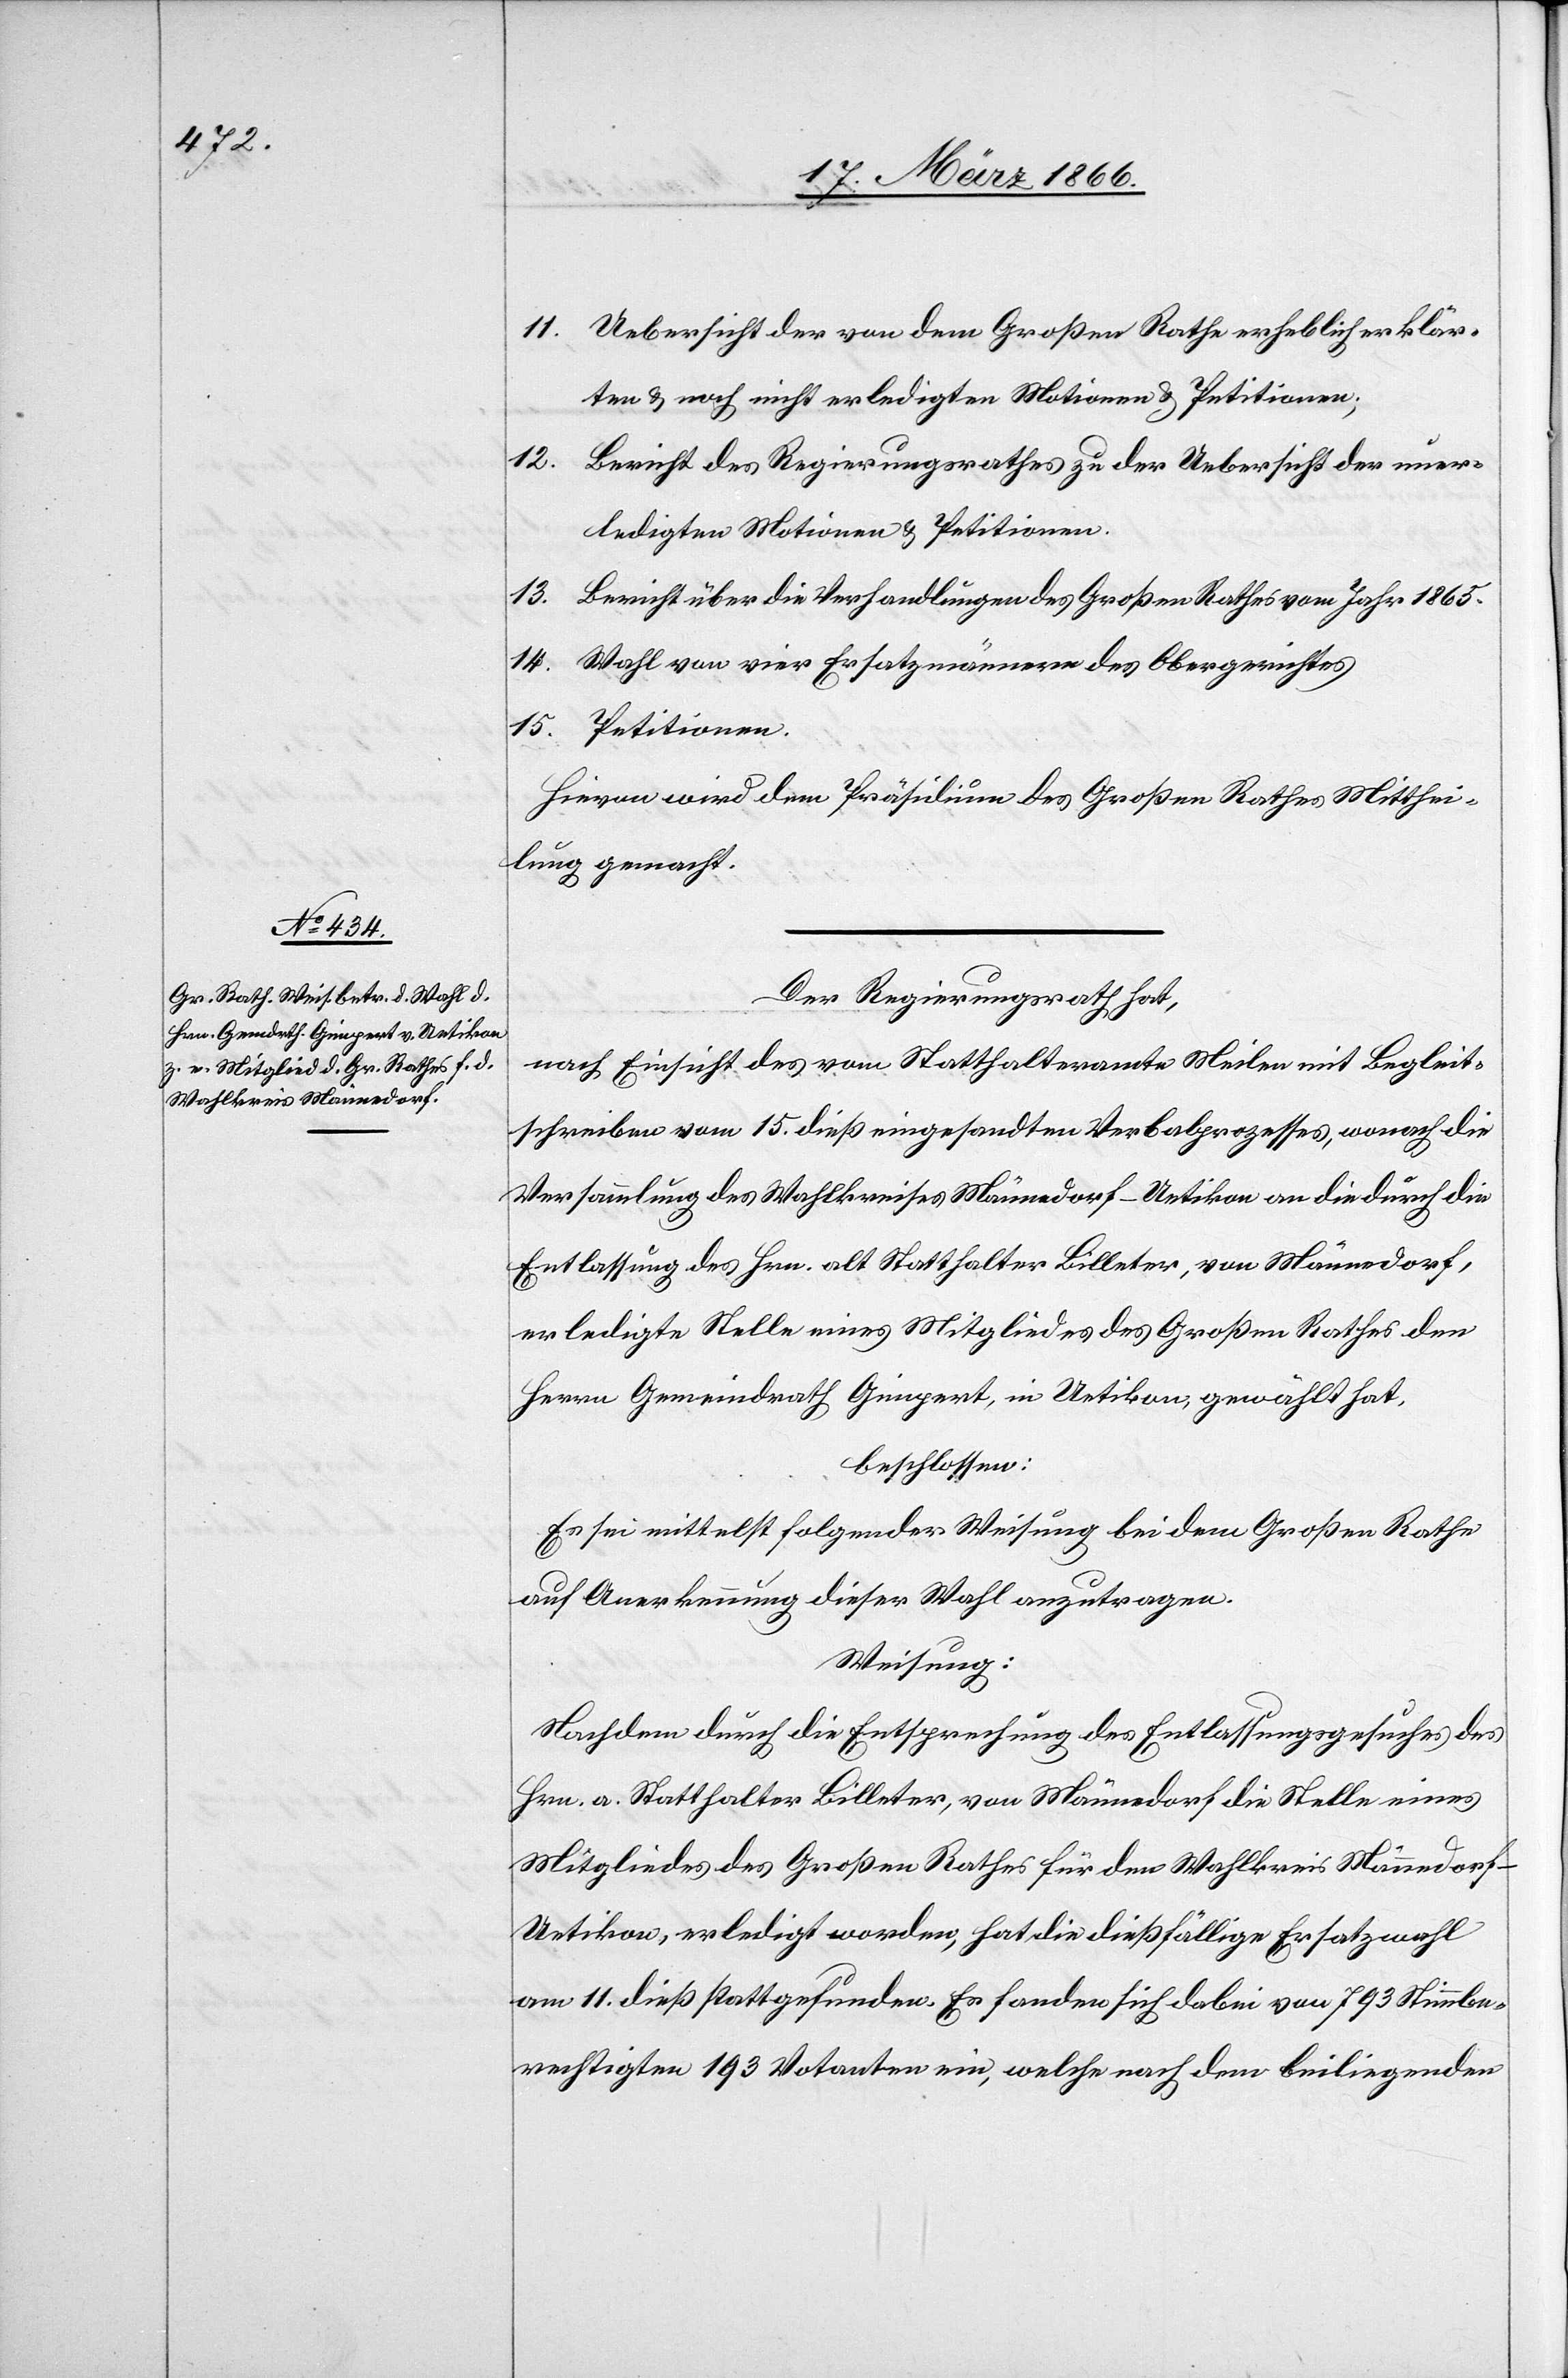
11. Uebersicht der von dem Großen Rathe erheblich erklär¬
ten u. noch nicht erledigten Motionen u. Petitionen.
12. Bericht des Regierungsrathes zu der Uebersicht der uner¬
ledigten Motionen u. Petitionen.
13. Bericht über die Verhandlungen des Großen Rathes vom Jahr 1865.
14. Wahl von vier Ersatzmännern des Obergerichtes.
15. Petitionen.
Hievon wird dem Präsidium des Großen Rathes Mitthei¬
lung gemacht.
Der Regierungsrath hat,
nach Einsicht des vom Statthalteramte Meilen mit Begleit¬
schreiben vom 15. dieß eingesandten Verbalprozesses, wonach die
Versammlung des Wahlkreises Männedorf-Uetikon an die durch die
Entlassung des Hrn. alt Statthalter Billeter, von Männedorf,
erledigte Stelle eines Mitgliedes des Großen Rathes den
Herrn Gemeindrath Gimpert, in Uetikon, gewählt hat,
beschlossen:
Es sei mittelst folgender Weisung bei dem Großen Rathe
auf Anerkennung dieser Wahl anzutragen.
Weisung:
Nachdem durch die Entsprechung des Entlassungsgesuches des
Hrn. a. Statthalter Billeter, von Männedorf die Stelle eines
Mitgliedes des Großen Rathes für den Wahlkreis Männedorf-U¬
etikon, erledigt worden, hat die dießfällige Ersatzwahl
am 11. dieß stattgefunden. Es fanden sich dabei von 793 Stimmbe¬
rechtigten 193 Votanten ein, welche nach dem beiliegenden